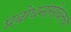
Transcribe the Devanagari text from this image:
प्रबोधनासोबतच